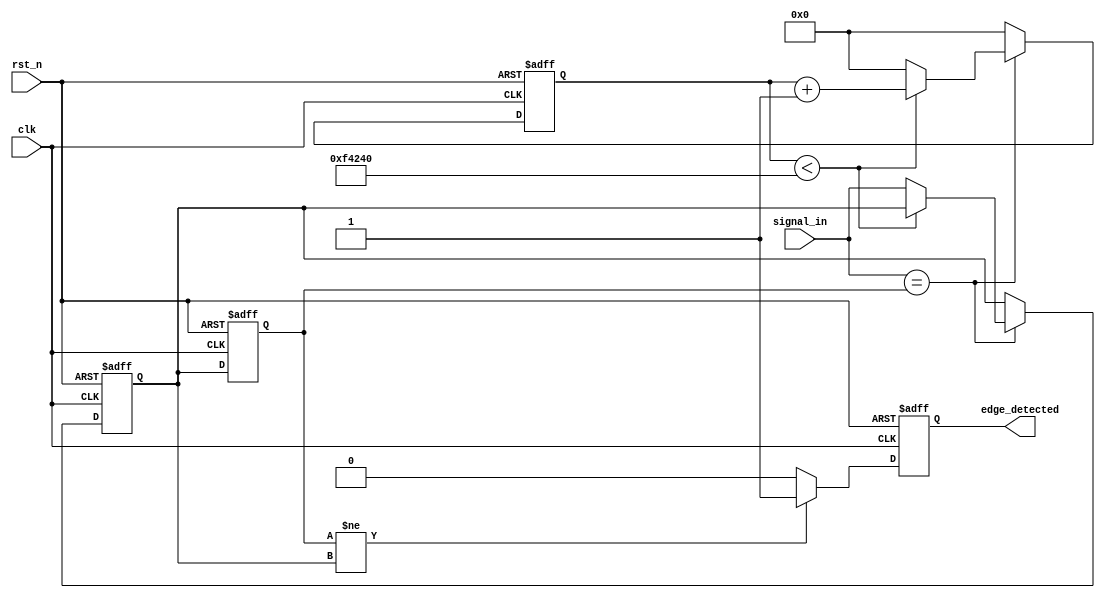
module DebouncedEdgeDetector(
    input wire clk,            // Clock signal
    input wire rst_n,         // Active low reset signal
    input wire signal_in,     // Input signal (e.g., switch/button)
    output reg edge_detected   // Output signal indicating an edge has been detected
);

parameter DEBOUNCE_TIME = 20'd1000000; // Adjust according to clock frequency

reg [19:0] debounce_counter; // Counter to implement the debounce time
reg signal_stable;           // Signal to indicate if the input is stable
reg signal_reg;             // Register to hold the previous state of the signal
reg signal_stable_reg;      // Register to hold the stable state of the signal

// State machine to debounce the input signal
always @(posedge clk or negedge rst_n) begin
    if (!rst_n) begin
        debounce_counter <= 20'd0;
        signal_stable <= 1'b0;
        signal_reg <= 1'b0;
        signal_stable_reg <= 1'b0;
        edge_detected <= 1'b0;
    end else begin
        // Reset counter when input is stable
        if (signal_in == signal_stable_reg) begin
            if (debounce_counter < DEBOUNCE_TIME) begin
                debounce_counter <= debounce_counter + 1;
            end else begin
                signal_stable <= signal_in; // Update stable signal
                debounce_counter <= 20'd0;   // Reset counter
            end
        end else begin
            debounce_counter <= 20'd0; // Reset counter on change
        end
        
        // Store the stable signal for edge detection
        signal_stable_reg <= signal_stable;
        
        // Edge detection logic
        if (signal_stable_reg != signal_stable) begin
            edge_detected <= 1'b1; // Edge detected
        end else begin
            edge_detected <= 1'b0; // No edge detected
        end
        
        // Update the previous state
        signal_reg <= signal_stable;
    end
end

endmodule